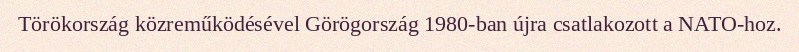
Törökország közreműködésével Görögország 1980-ban újra csatlakozott a NATO-hoz.